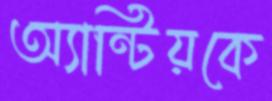
অ্যান্টিয়কে